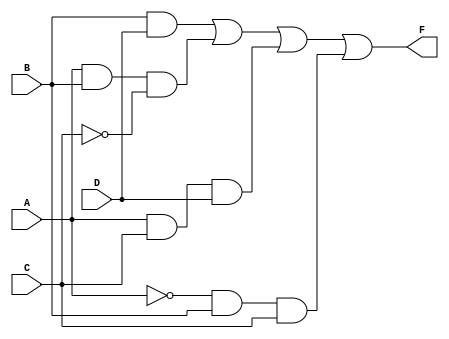
module top(A, B, C, D, F);

input A, B, C, D;
output F;

assign F = B&D | A&B&~C | A&C&D | ~A&B&C;

endmodule